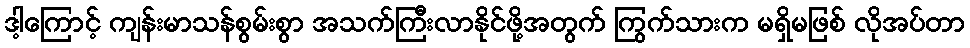
ဒါ့ကြောင့် ကျန်းမာသန်စွမ်းစွာ အသက်ကြီးလာနိုင်ဖို့အတွက် ကြွက်သားက မရှိမဖြစ် လိုအပ်တာ